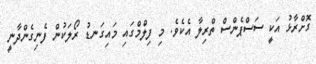
ގޮށްރާޅު އަކީ ސަސްޕެންސް ތްރިލާ އެކެވެ. މި ފިލްމްގައި މައިގަނޑު ރޯލަކުން ފެނިގެންދާނީ